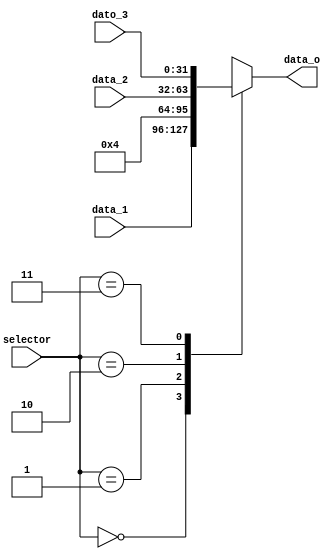
module MUX4_1
#(
	parameter WIDTH = 32
)
(
	input [WIDTH-1:0] data_1, data_2, dato_3,
	input [1:0]	selector,
	output [WIDTH-1:0] data_o
);

reg [WIDTH-1:0] data;
reg [WIDTH-1:0] constant = 32'b0000_0000_0000_0000_0000_0000_0000_0100;
always @(*)
begin
case (selector)

	2'b00: begin
	data <= data_1;
	end
	2'b01: begin
	data <= constant;
	end
	2'b10: begin
	data <= data_2;
	end
	2'b11: begin
	data <= dato_3;
	end
endcase
end
assign data_o = data; 
endmodule